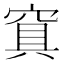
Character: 𰩑